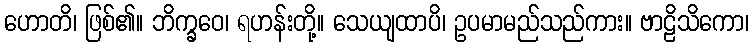
ဟောတိ၊ ဖြစ်၏။ ဘိက္ခဝေ၊ ရဟန်းတို့။ သေယျထာပိ၊ ဥပမာမည်သည်ကား။ ဗာဠိသိကော၊